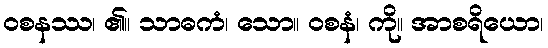
ဝစနဿ၊ ၏။ သာဓကံ၊ သော။ ဝစနံ၊ ကို။ အာစရိယော၊